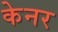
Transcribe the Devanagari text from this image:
केनर